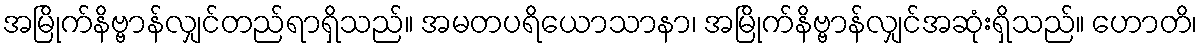
အမြိုက်နိဗ္ဗာန်လျှင်တည်ရာရှိသည်။ အမတပရိယောသာနာ၊ အမြိုက်နိဗ္ဗာန်လျှင်အဆုံးရှိသည်။ ဟောတိ၊